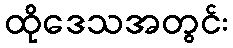
ထိုဒေသအတွင်း